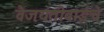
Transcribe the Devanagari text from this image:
वैजयंतीबाईंचे